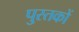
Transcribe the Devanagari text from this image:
पु्स्तकों